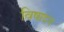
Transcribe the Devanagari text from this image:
विषादन